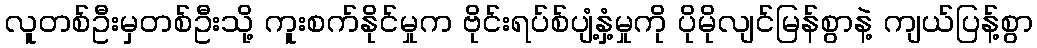
လူတစ်ဦးမှတစ်ဦးသို့ ကူးစက်နိုင်မှုက ဗိုင်းရပ်စ်ပျံ့နှံ့မှုကို ပိုမိုလျင်မြန်စွာနဲ့ ကျယ်ပြန့်စွာ